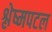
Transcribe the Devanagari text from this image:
श्लेष्मपटल